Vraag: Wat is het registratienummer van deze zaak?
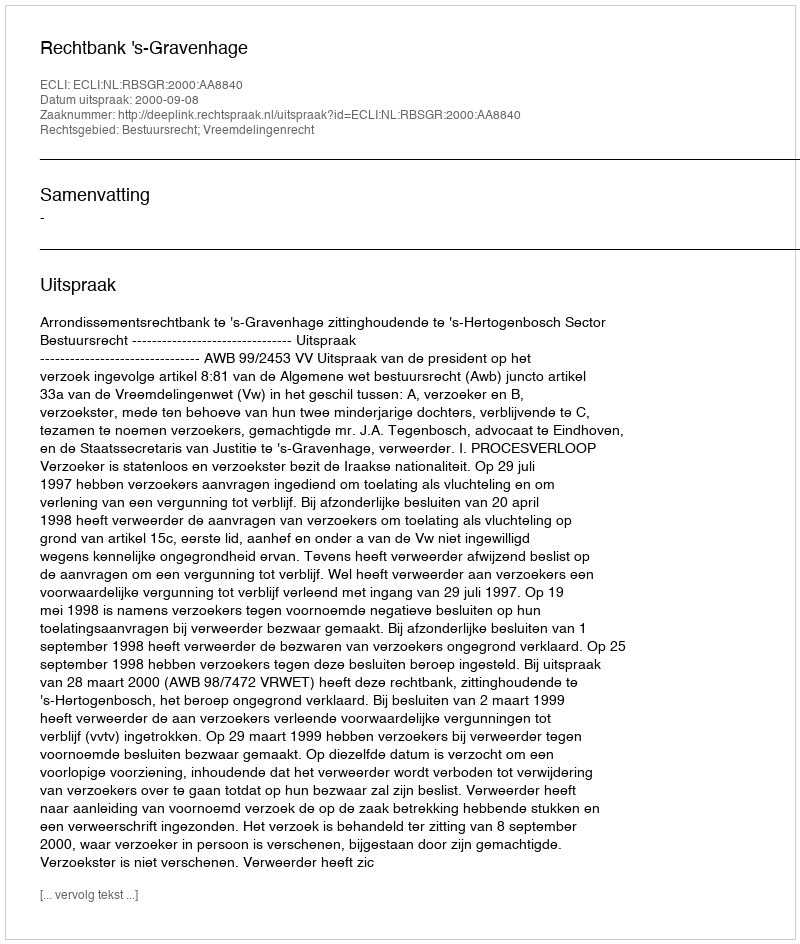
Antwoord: http://deeplink.rechtspraak.nl/uitspraak?id=ECLI:NL:RBSGR:2000:AA8840